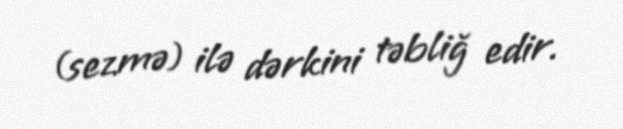
(sezmə) ilə dərkini təbliğ edir.